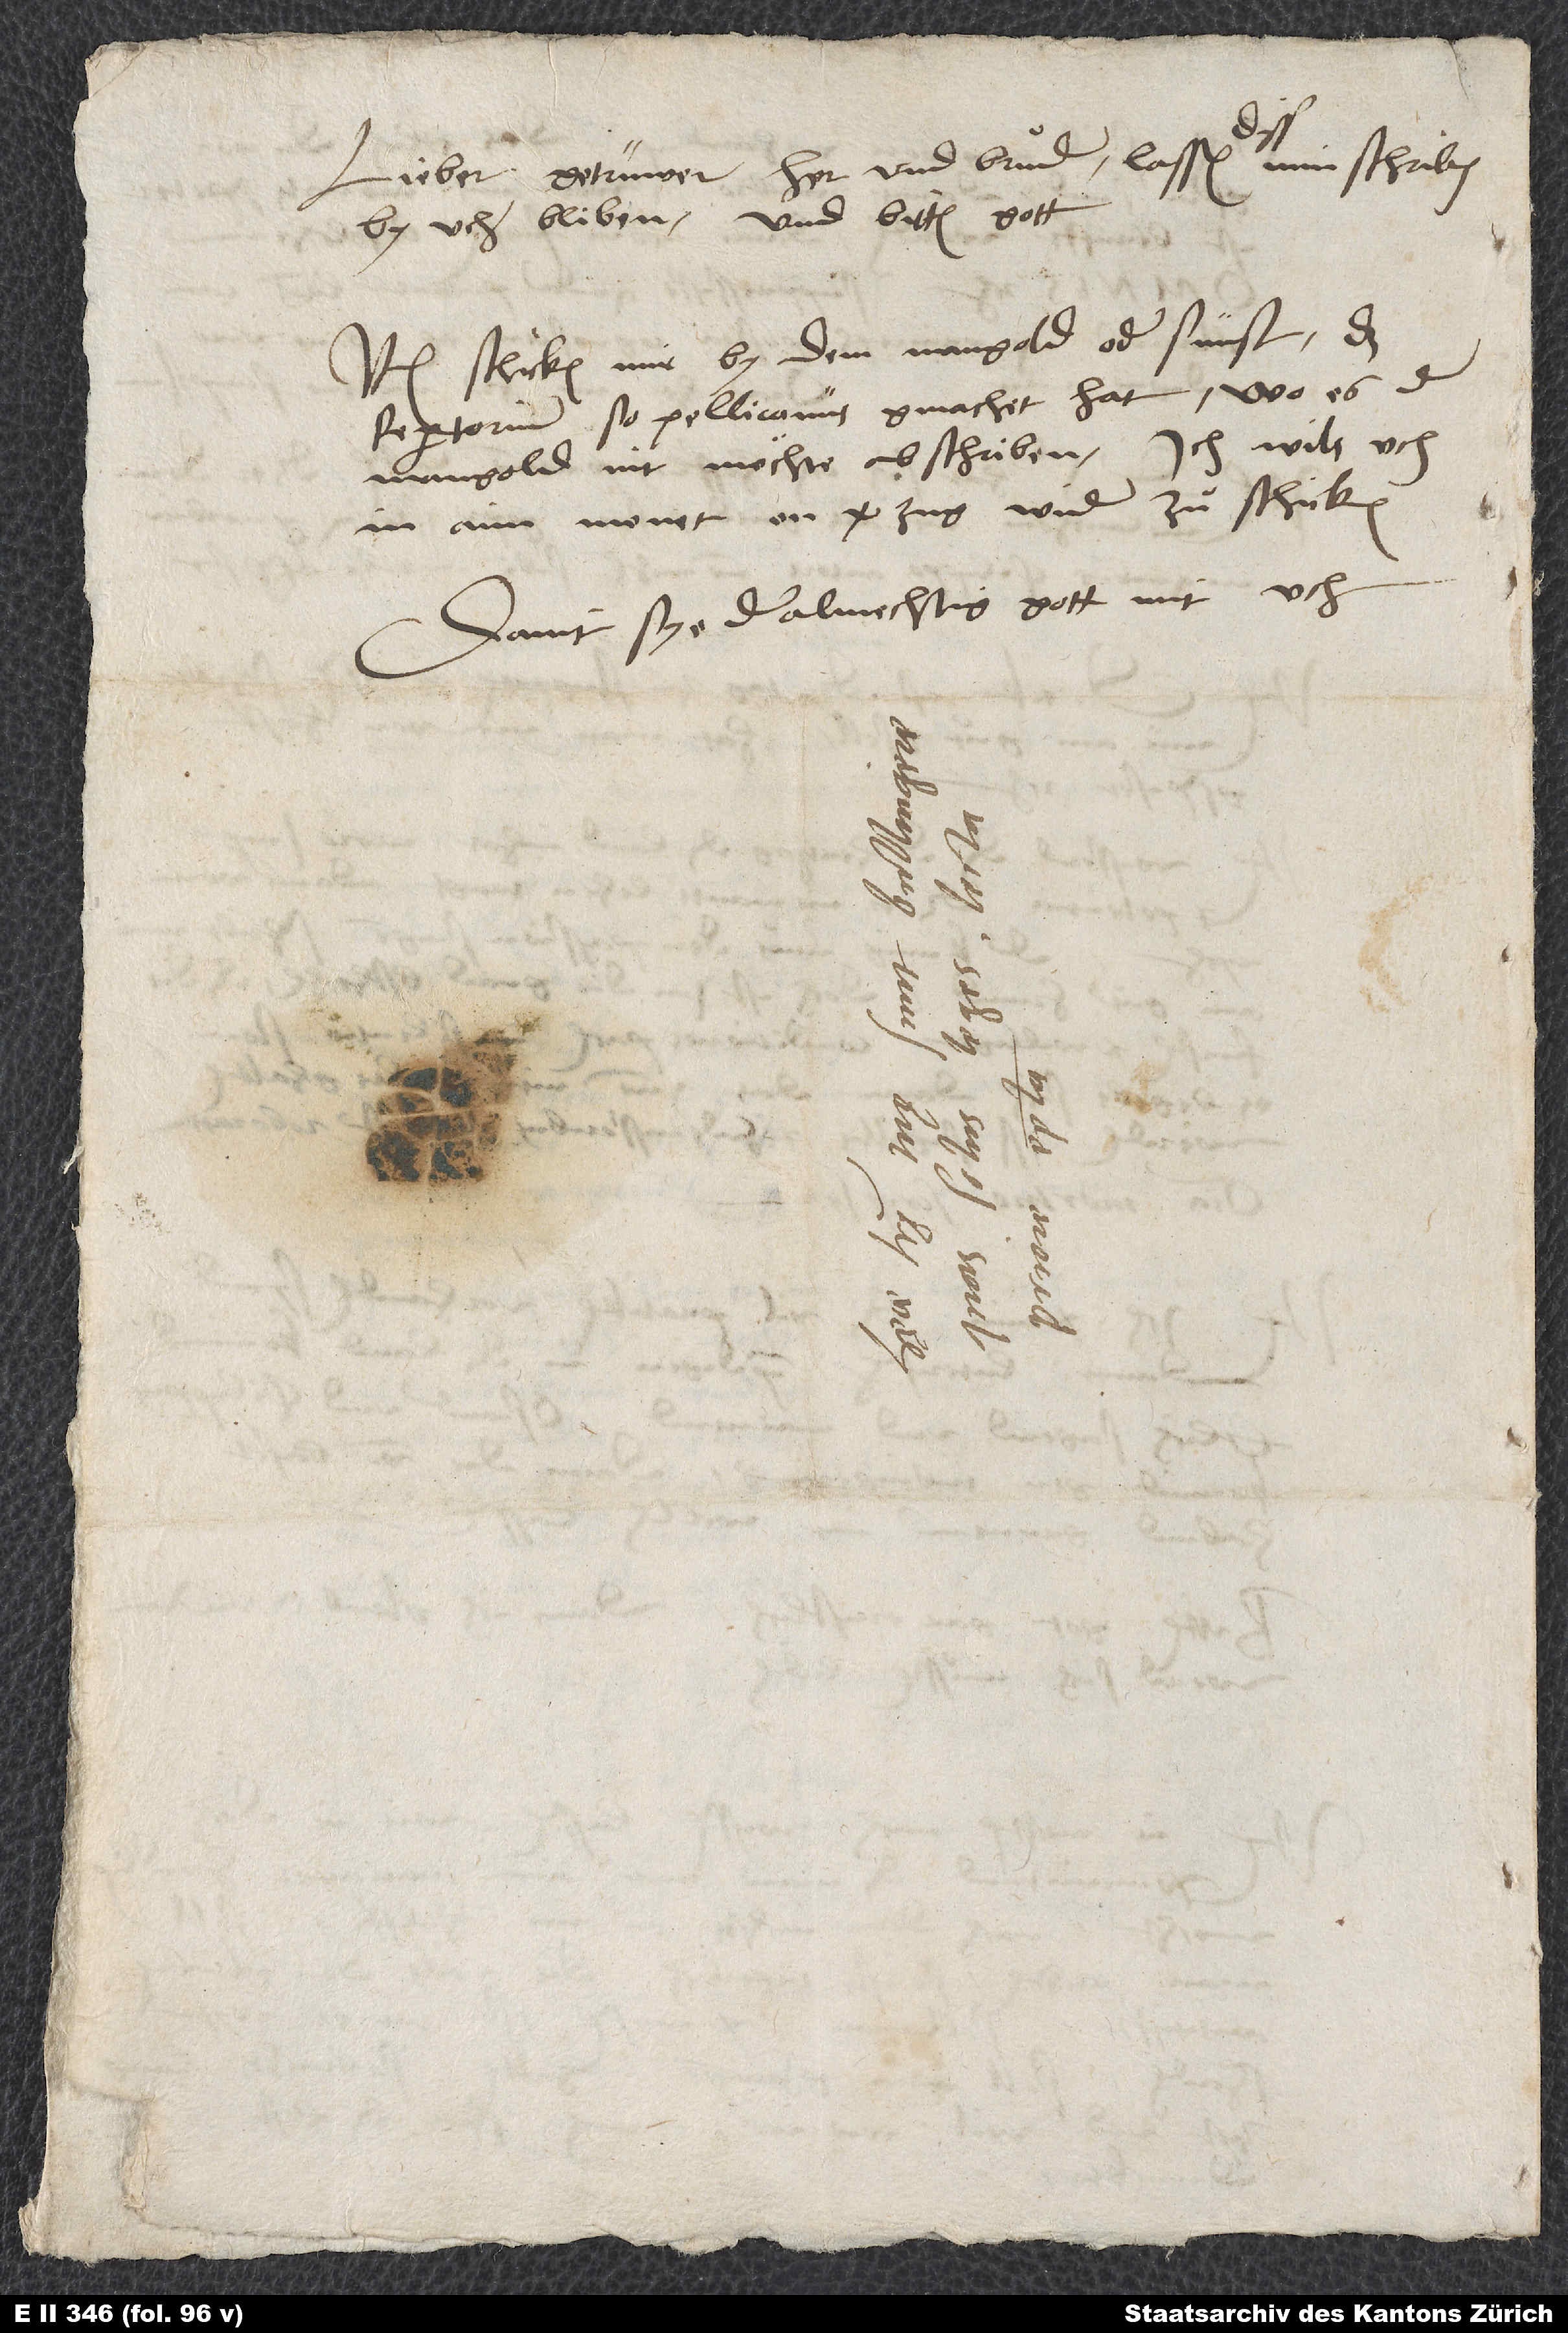
Lieber, getrüwer her und bruͦder, lassend diss min schriben
by uch bliben, und bittend gott.
Item, schickend mir by dem Mangold oder sünst das
repertorium, so Pellicanüs gmachet hat, wo es der
Mangold nit möchte abschriben. Ich wils uch
in ain monet verzug wider zuͦschicken.
Damit sye der almechtig gott mit uch.